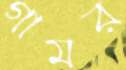
গামর